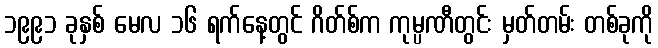
၁၉၉၁ ခုနှစ် မေလ ၁၆ ရက်နေ့တွင် ဂိတ်စ်က ကုမ္ပဏီတွင်း မှတ်တမ်း တစ်ခုကို